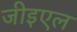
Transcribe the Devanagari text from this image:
जीइएल